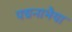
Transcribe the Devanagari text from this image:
पद्मनाभैया